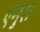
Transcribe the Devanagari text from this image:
एनुरा